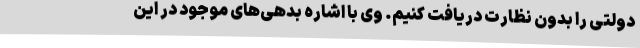
دولتی را بدون نظارت دریافت کنیم. وی با اشاره بدهی‌های موجود در این